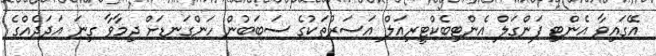
އޭގައިވާ އެންޓި ފަންގަލް އެންޓިބެކްޓީރިއަލް އަސަރުތަކުގެ ސަބަބުން ހަންގަނޑަށް ދިމާވާ ގިނަ އަދަދެއްގެ